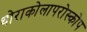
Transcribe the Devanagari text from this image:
थोराकोलापरोस्कोप